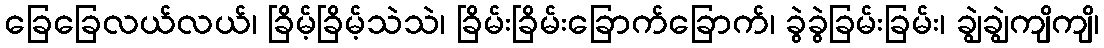
ခြေခြေလယ်လယ်၊ ခြိမ့်ခြိမ့်သဲသဲ၊ ခြိမ်းခြိမ်းခြောက်ခြောက်၊ ခွဲခွဲခြမ်းခြမ်း၊ ချွဲချွဲကျိကျိ၊